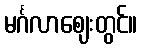
မင်္ဂလာဈေးတွင်။